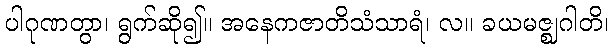
ပါဂုဏတွာ၊ ရွက်ဆို၍။ အနေကဇာတိသံသာရံ၊ လ။ ခယမဇ္ဈဂါတိ၊